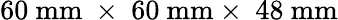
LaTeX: \mathrm{60~mm~\times~60~mm\times~48~mm}